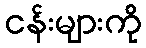
ငန်းများကို